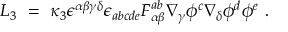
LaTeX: { \cal L } _ { 3 } ~ = ~ \kappa _ { 3 } \epsilon ^ { \alpha \beta \gamma \delta } \epsilon _ { a b c d e } F _ { \alpha \beta } ^ { a b } \nabla _ { \gamma } \phi ^ { c } \nabla _ { \delta } \phi ^ { d } \phi ^ { e } ~ .